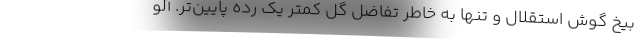
بیخ گوش استقلال و تنها به خاطر تفاضل گل کمتر یک رده پایین‌تر. آلو